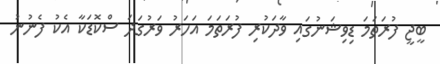
ބީޖީ ފުރަތަމަ ޑިވިޝަނުގައި ވާދަކުރި ފުރަތަމަ އަހަރު ވަރުގަދަ ސްކޮޑަކާ އެކު ފެނުނު